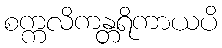
စက္ကလိကန္တရိကာယပိ